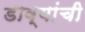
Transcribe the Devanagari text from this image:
डाव्यांची